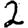
Digit: 2